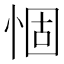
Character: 𢛅